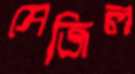
সেজিল